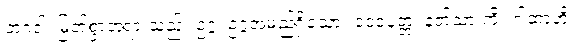
ဘဂဝါ၊ မြတ်စွာဘုရားသည်။ ဥဂ္ဂံ၊ ဥဂ္ဂအမည်ရှိသော။ ဒေဝပုတ္တံ၊ နတ်သားကို။ ဂါထာဟိ၊